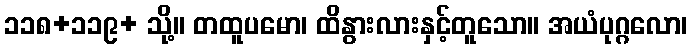
၁၁၈+၁၁၉+ သို့။ တထူပမော၊ ထိနွားလားနှင့်တူသော။ အယံပုဂ္ဂလော၊